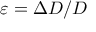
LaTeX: \varepsilon = \Delta D / D